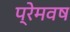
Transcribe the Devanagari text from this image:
प्रेमवष